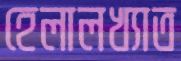
হেলালখ্যাত